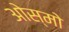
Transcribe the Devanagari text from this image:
ओस्मो